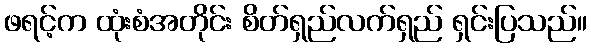
ဖရင့်က ထုံးစံအတိုင်း စိတ်ရှည်လက်ရှည် ရှင်းပြသည်။